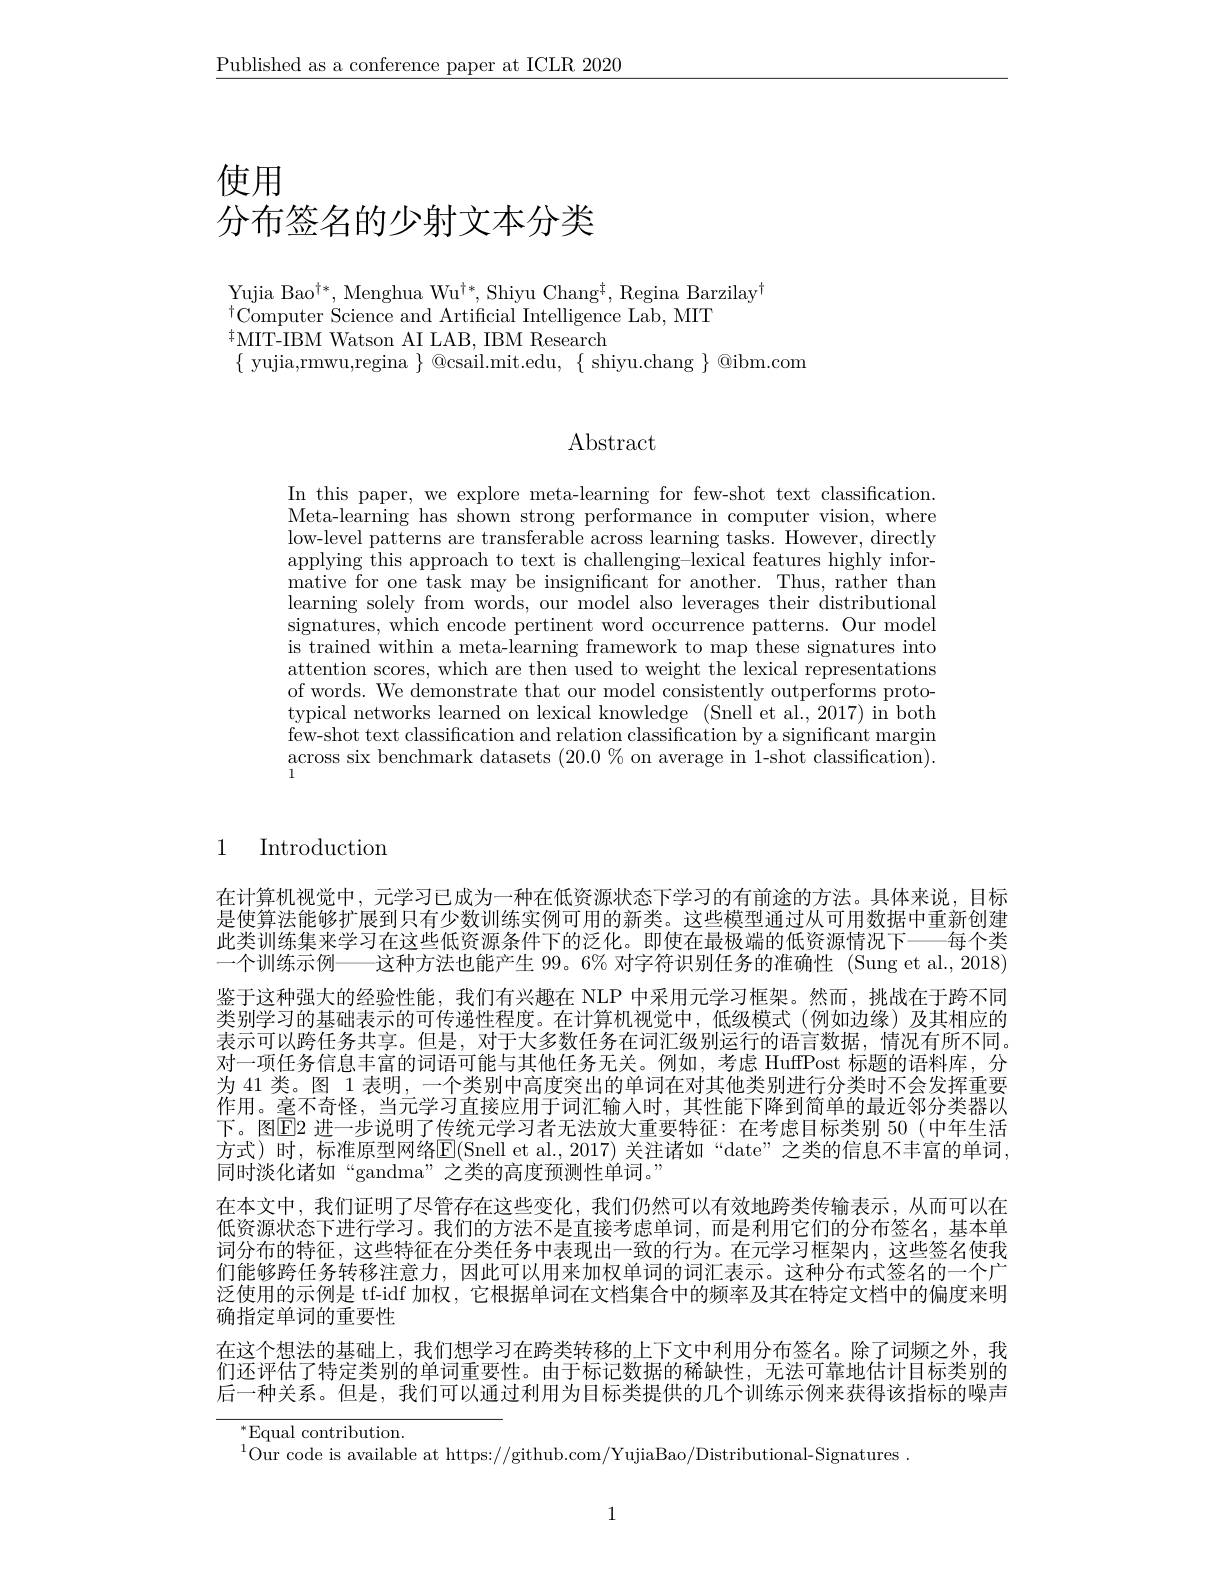
$\underline{\text{Published as a conference paper at ICLR 2020}}$

使用

# 分布签名的少射文本分类

Yujia Bao$^\dagger*$,Menghua Wu$^\dagger*$,Shiyu Chang$^\dagger$,Regina Barzilay$^\dagger$
$^{\dagger}$Computer Science and Artificial Intelligence Lab, MIT
$^{\dagger}$MIT-IBM Watson AI LAB, IBM Research
$\{$ yujia,rmwu,regina $\}$ @csail.mit.edu, $\{$ shiyu.chang $\}$ @ibm.com

Abstract

In this paper, we explore meta-learning for few-shot text classification. Meta-learning has shown strong performance in computer vision, where low-level patterns are transferable across learning tasks. However, directly applying this approach to text is challenging-lexical features highly informative for one task may be insignificant for another. Thus, rather than learning solely from words, our model also leverages their distributional signatures, which encode pertinent word occurrence patterns. Our model is trained within a meta-learning framework to map these signatures into attention scores, which are then used to weight the lexical representations of words. We demonstrate that our model consistently outperforms prototypical networks learned on lexical knowledge (Snell et al., 2017) in both few-shot text classification and relation classification by a significant margin $\underset{1}{\operatorname*{\operatorname*{across~six~benchmark~datasets~(20.0~\%~on~average~in~1-shot~classification)}}}.$

1 Introduction

在计算机视觉中，元学习已成为一种在低资源状态下学习的有前途的方法。具体来说，目标是使算法能够扩展到只有少数训练实例可用的新类。这些模型通过从可用数据中重新创建此类训练集来学习在这些低资源条件下的泛化。即使在最极端的低资源情况下——每个类一个训练示例——这种方法也能产生 99。6% 对字符识别任务的准确性 (Sung et al., 2018) 鉴于这种强大的经验性能，我们有兴趣在 NLP 中采用元学习框架。然而，挑战在于跨不同类别学习的基础表示的可传递性程度。在计算机视觉中，低级模式(例如边缘)及其相应的表示可以跨任务共享。但是，对于大多数任务在词汇级别运行的语言数据，情况有所不同。对一项任务信息丰富的词语可能与其他任务无关。例如，考虑 HuffPost 标题的语料库，分为 41 类。图 1 表明，一个类别中高度突出的单词在对其他类别进行分类时不会发挥重要作用。毫不奇怪，当元学习直接应用于词汇输人时，其性能下降到简单的最近邻分类器以下。图$\overline{\mathrm{E}}$2 进一步说明了传统元学习者无法放大重要特征：在考虑目标类别 50(中年生活方式)时，标准原型网络$\overline{\mathrm{E}}($Snell et al.,2017) 关注诸如“date”之类的信息不丰富的单词， 同时淡化诸如“gandma”之类的高度预测性单词。”
在本文中，我们证明了尽管存在这些变化，我们仍然可以有效地跨类传输表示，从而可以在低资源状态下进行学习。我们的方法不是直接考虑单词，而是利用它们的分布签名，基本单词分布的特征，这些特征在分类任务中表现出一致的行为。在元学习框架内，这些签名使我们能够跨任务转移注意力，因此可以用来加权单词的词汇表示。这种分布式签名的一个广泛使用的示例是 tf-idf 加权，它根据单词在文档集合中的频率及其在特定文档中的偏度来明确指定单词的重要性
在这个想法的基础上，我们想学习在跨类转移的上下文中利用分布签名。除了词频之外，我们还评估了特定类别的单词重要性。由于标记数据的稀缺性，无法可靠地估计目标类别的后一种关系。但是，我们可以通过利用为目标类提供的几个训练示例来获得该指标的噪声

${}^{*}$Equal contribution.

$^{1}$Our code is available at https://github.com/YujiaBao/Distributional-Signatures

1